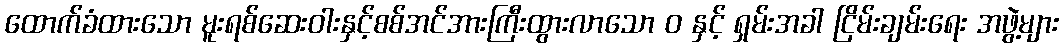
ထောက်ခံထားသော မူးရစ်ဆေးဝါးနှင့်စစ်အင်အားကြီးထွားလာသော ဝ နှင့် ရှမ်းအခါ ငြိမ်းချမ်းရေး အဖွဲ့များ